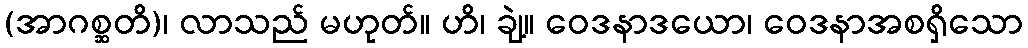
(အာဂစ္ဆတိ)၊ လာသည် မဟုတ်။ ဟိ၊ ချဲ့။ ဝေဒနာဒယော၊ ဝေဒနာအစရှိသော